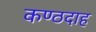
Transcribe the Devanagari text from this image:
कण्ठदाह